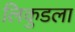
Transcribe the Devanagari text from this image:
लिकुडला